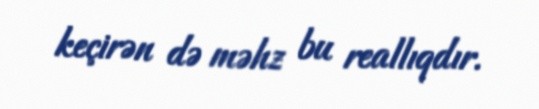
keçirən də məhz bu reallıqdır.